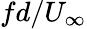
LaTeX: fd/U_{\infty}